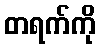
တရက်ကို